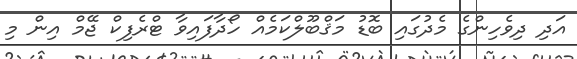
އަދި ދިވެހިންގެ މެދުގައި ބޮޑު މަޤްބޫލްކަމެއް ހޯދާފައިވާ ޓްރެފިކް ޖޭމް އިން މި